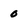
Character: 0